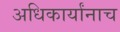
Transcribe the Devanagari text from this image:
अधिकार्यांनाच